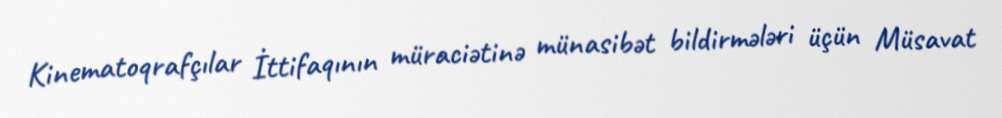
Kinematoqrafçılar İttifaqının müraciətinə münasibət bildirmələri üçün Müsavat